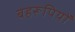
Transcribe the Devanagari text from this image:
बहरूपियों